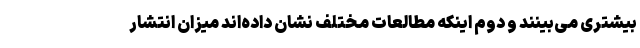
بیشتری می‌بینند و دوم اینکه مطالعات مختلف نشان داده‌اند میزان انتشار